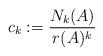
LaTeX: \begin{align*}c_k:=\frac{N_k(A)}{r(A)^k}\ \end{align*}